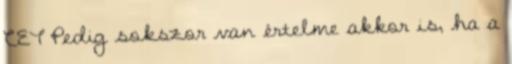
CET Pedig sokszor van értelme akkor is, ha a